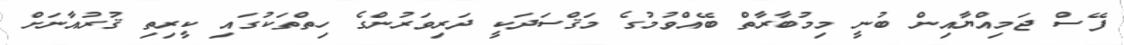
ފޭސް ޖަމިއްޔާއިން ބުނީ މިމުބާރާތް ބޭއްވުމުގެ މަޤްސަދަކީ ދަރިވަރުންގެ ހިތްތަކުގައި ކީރިތި ޤުރުއާނަށް